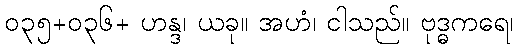
၀၃၅+၀၃၆+ ဟန္ဒ၊ ယခု။ အဟံ၊ ငါသည်။ ဗုဒ္ဓကရေ၊